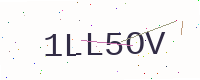
Text: 1LL5OV